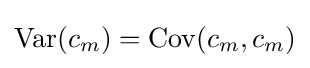
{\text{Var}}(c_{m})={\text{Cov}}(c_{m},c_{m})